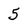
Character: 5